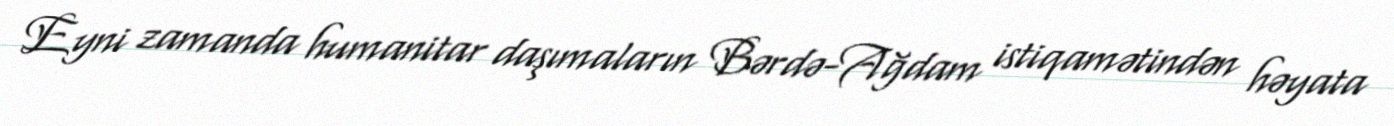
Eyni zamanda humanitar daşımaların Bərdə-Ağdam istiqamətindən həyata